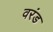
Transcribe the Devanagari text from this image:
वरंड